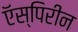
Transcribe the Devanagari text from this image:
ऍस्पिरीन